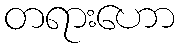
တရားဟော